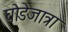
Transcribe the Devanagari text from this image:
घोडेजात्रा